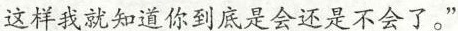
这样我就知道你到底是会还是不会了。”